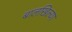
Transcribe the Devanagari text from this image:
बालखिल्या